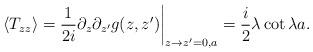
LaTeX: \begin{align*}\langle T_{zz}\rangle={1\over2i}\partial_z\partial_{z'}g(z,z')\bigg|_{z\to z'=0,a}={i\over2}\lambda\cot\lambda a.\end{align*}